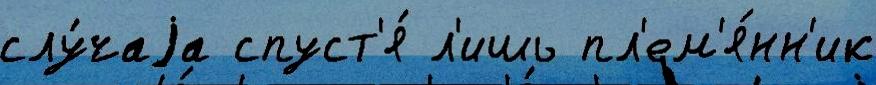
слу́чаjа спуст'я́ л'ишь пл'ем'я́нн'ик